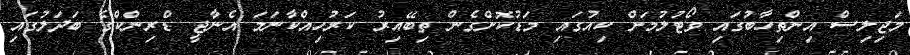
މަޖިލިސް އިންތިހާބުގައި ވޯޓުލުމަށް ކިއުގައި މަޑުކޮށްގެން ތިބޭއިރު ކަރުހިއްކާނަމަ އެނާޖީ ޑްރިންކްގެ ބަދަލުގައި